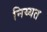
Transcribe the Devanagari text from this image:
निय्यत